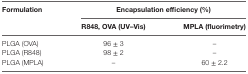
| Formulation | <COLSPAN=2> Encapsulation efficiency (%) |
 |  | R848, OVA (UV–Vis) | MPLA (fluorimetry) |
 | --- | --- | --- |
 | PLGA (OVA) | 96 ± 3 | – |
 | PLGA (R848) | 98 ± 2 | – |
 | PLGA (MPLA) | – | 60 ± 2.2 |